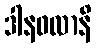
ဒါနဖလာနိ